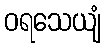
ဝရသေယျံ